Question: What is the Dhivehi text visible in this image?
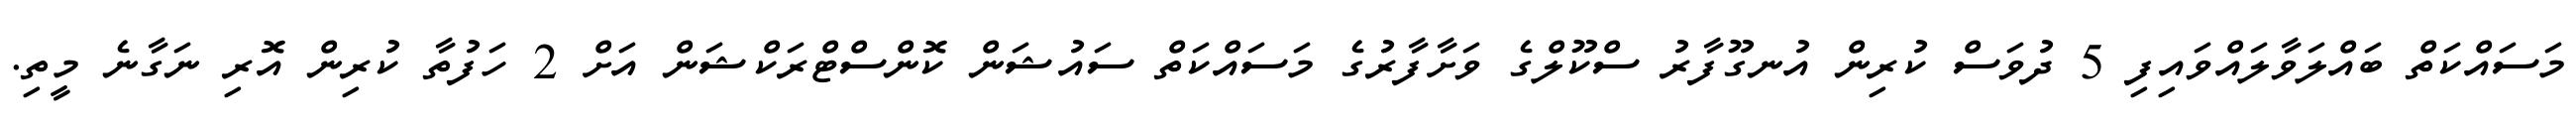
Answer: މަސައްކަތް ބައްލަވާލައްވައިފި 5 ދުވަސް ކުރިން އުނގޫފާރު ސްކޫލްގެ ވަށާފާރުގެ މަސައްކަތް ސައުޝަން ކޮންސްޓްރަކްޝަން އަށް 2 ހަފުތާ ކުރިން އޮރި ނަގާނެ މީތި.